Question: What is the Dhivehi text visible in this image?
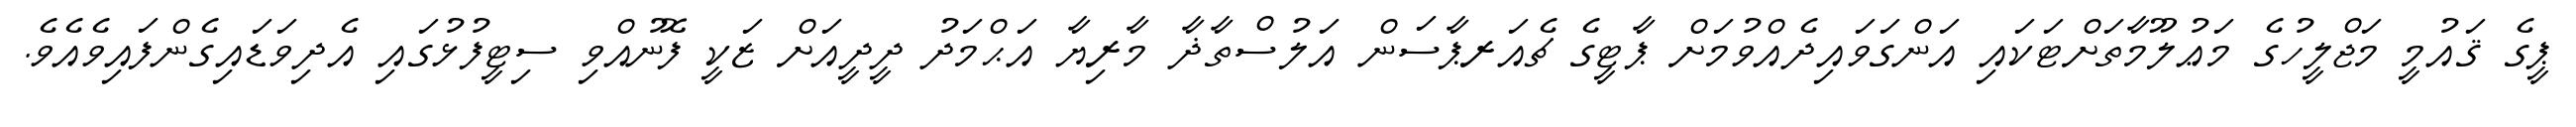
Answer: ޕީގެ ޤައުމީ މަޖްލީހުގެ މަޢުލޫމާތަށްޓަކައި އަންގަވައިދެއްވުމަށް ޕާޓީގެ ޗެއަރޕާސަން އަލުސްތާޛާ މާރިޔާ އަޙްމަދު ދީދީއަށް ޒަކީ ފޮނުއްވި ސިޓީފުޅުގައި އެދިވަޑައިގެންފައިވެއެވެ.